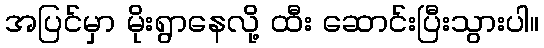
အပြင်မှာ မိုးရွာနေလို့ ထီး ဆောင်းပြီးသွားပါ။